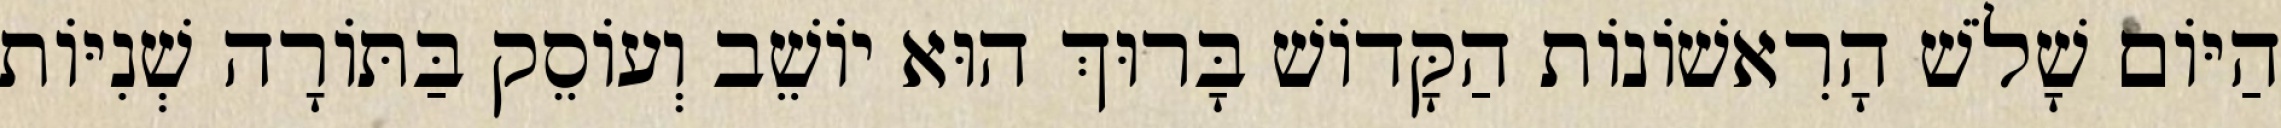
הַיּוֹם שָׁלֹשׁ הָרִאשׁוֹנוֹת הַקָּדוֹשׁ בָּרוּךְ הוּא יוֹשֵׁב וְעוֹסֵק בַּתּוֹרָה שְׁנִיּוֹת